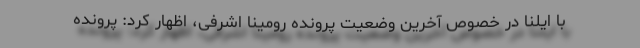
با ایلنا در خصوص آخرین وضعیت پرونده رومینا اشرفی، اظهار کرد: پرونده